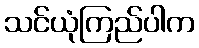
သင်ယုံကြည်ပါက